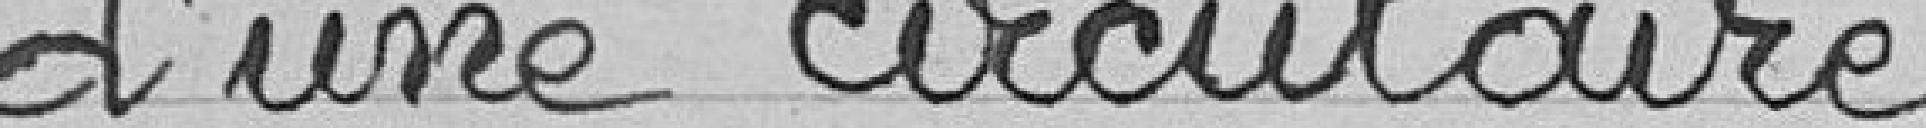
d'une circulaire